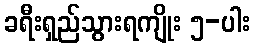
ခရီးရှည်သွားရကျိုး ၅-ပါး